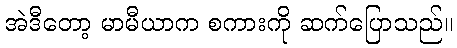
အဲဒီတော့ မာမီယာက စကားကို ဆက်ပြောသည်။